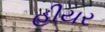
હીયર